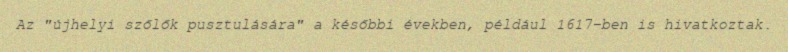
Az "újhelyi szőlők pusztulására" a későbbi években, például 1617-ben is hivatkoztak.